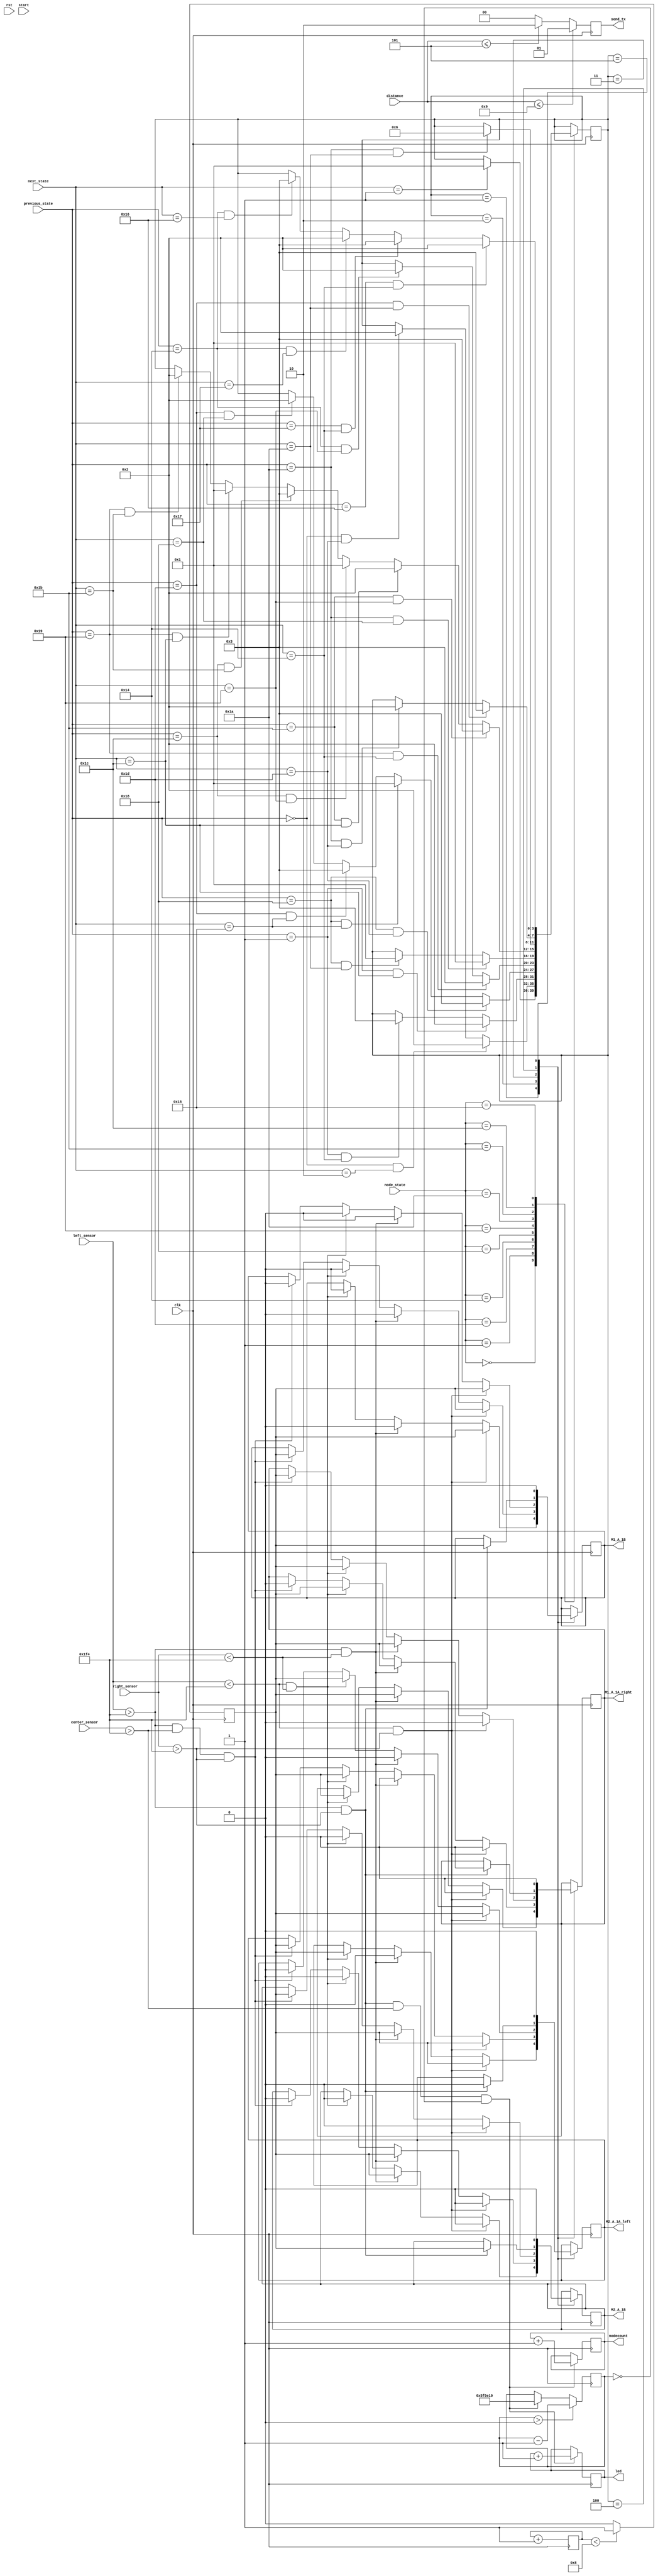
module run_execute(
	input clk,    
	input rst,
   input [11:0] left_sensor,
   input [11:0] center_sensor,
   input [11:0] right_sensor,
	input [9:0]distance,
	input start,
	output reg led,
	output reg [1:0]send_tx,
   output reg M1_A_1A_right,   // Forward motion signal
   output reg M1_A_1B,   		  // Backward motion signal
	output reg M2_A_1A_left,    // Forward motion signal
   output reg M2_A_1B,   		  // Backward motion signal
	output reg [7:0] nodecount,
	input [4:0] previous_state,
	input [4:0] next_state,
	input wire [4:0]node_state
);
	reg pwm_signal;
	reg [3:0]counter;
//	reg [3:0]nodecount;
	wire [4:0]node;
	reg [32:0]timer;
	reg a;
	reg [1:0] state;
	reg [32:0] delay_counter;
	
	initial counter =0;
	initial state = 2'b00;
//	reg [4:0]node_state;
	reg [3:0]turn_dec;
	parameter move_st = 1;
	parameter turn_right = 2;
	parameter turn_left = 3;
	parameter move_back = 4;
	parameter delay = 5;
	parameter u_turn = 6;
	
	always@(posedge clk )
	begin
		pwm_signal <= (counter < 5'b1000) ? 1 : 0; 
		counter <= counter+1;
	end
	
	
always@(posedge clk)
begin
 case(turn_dec)
	move_st:
		begin
			if(left_sensor < 500 && right_sensor < 500)begin
				M1_A_1A_right <= pwm_signal;   
				M1_A_1B <= 0;   					 
				M2_A_1A_left <= pwm_signal;    
				M2_A_1B <= 0;  					 
			end
			
			if(left_sensor > 500 && right_sensor < 500)begin
					M1_A_1A_right <= pwm_signal;   
					M1_A_1B <= 0;   					 
					M2_A_1A_left <= 0;    
					M2_A_1B <= pwm_signal;  					 
			end
			
			if(left_sensor < 500 && right_sensor > 500)begin
				M1_A_1A_right <= 0;   
				M1_A_1B <= pwm_signal;   					 
				M2_A_1A_left <= pwm_signal;    
				M2_A_1B <= 0;  					 
			end
		end
		
	turn_right:
		begin
//			if(delay_counter <= 1_125_000) begin
//				M1_A_1A_right <= pwm_signal;   // Forward motion signal
//				M1_A_1B <= 0;   		 // Backward motion signal
//				M2_A_1A_left <=pwm_signal ;    // Forward motion signal
//				M2_A_1B <= 0;  		 // Backward motion signal
//  
//				a <= 1; 
//			end
//			else if(delay_counter == 1_125_000) begin
//				a <= 0;
//				delay_counter = 0;
//			end
//
//			delay_counter = delay_counter + 1;
//			if(a != 1) 
//			begin
			if(left_sensor > 500 && center_sensor>500 &&right_sensor > 500)begin
				M1_A_1A_right <= 0;   
				M1_A_1B <= pwm_signal;   					 
				M2_A_1A_left <= pwm_signal;    
				M2_A_1B <= 0;  					 
			end
			if(left_sensor < 500 && right_sensor < 500)begin
				M1_A_1A_right <= pwm_signal;   
				M1_A_1B <= 0;   					 
				M2_A_1A_left <= pwm_signal;    
				M2_A_1B <= 0;  					 
			end
			if(left_sensor > 500 && right_sensor < 500)begin
				M1_A_1A_right <= pwm_signal;   
				M1_A_1B <= 0;   					 
				M2_A_1A_left <= 0;    
				M2_A_1B <= pwm_signal;  					 
			end
	
			if(left_sensor < 500 && right_sensor > 500)begin
				M1_A_1A_right <= 0;   
				M1_A_1B <= pwm_signal;   					 
				M2_A_1A_left <= pwm_signal;    
				M2_A_1B <= 0;  					 
			end
		end
			//end
//		end
	
	turn_left:
//		begin
//			if(delay_counter <= 1_125_000) begin
//				M1_A_1A_right <= pwm_signal;   // Forward motion signal
//				M1_A_1B <= 0;   		 // Backward motion signal
//				M2_A_1A_left <=pwm_signal ;    // Forward motion signal
//				M2_A_1B <= 0;  		 // Backward motion signal
//  
//				a <= 1; 
//			end
//			else if(delay_counter == 1_125_000) begin
//				a <= 0;
//				delay_counter = 0;
//			end
//
//			delay_counter = delay_counter + 1;
//			if(a != 1) 
		begin
			if(left_sensor > 500 &&center_sensor>500 &&  right_sensor > 500)begin
				M1_A_1A_right <= pwm_signal;   
				M1_A_1B <= 0;   					 
				M2_A_1A_left <= 0;    
				M2_A_1B <= pwm_signal;  					 
			end
			if(left_sensor < 500 && right_sensor < 500)begin
				M1_A_1A_right <= pwm_signal;   
				M1_A_1B <= 0;   					
				M2_A_1A_left <= pwm_signal;   
				M2_A_1B <= 0;  					
			end
			if(left_sensor > 500 && right_sensor < 500)begin
				M1_A_1A_right <= pwm_signal;   
				M1_A_1B <= 0;   					 
				M2_A_1A_left <= 0;    
				M2_A_1B <= pwm_signal;  					 
			end
		
			if(left_sensor < 500 && right_sensor > 500)begin
				M1_A_1A_right <= 0;   
				M1_A_1B <= pwm_signal;   					 
				M2_A_1A_left <= pwm_signal;    
				M2_A_1B <= 0;  					 
			end
		end
//		end
	

	move_back:
		begin
			if(left_sensor > 500 && right_sensor > 500)begin
				M1_A_1A_right <= 0;  
				M1_A_1B <= pwm_signal;   					 
				M2_A_1A_left <= 0;    
				M2_A_1B <= pwm_signal;  					 
			end
		end
	
	delay:
		begin
			M1_A_1A_right <= 0;  
			M1_A_1B <= 0;   				
			M2_A_1A_left <= 0;    
			M2_A_1B <= 0;  				
		end
		
 endcase

end
	
//[0,1,29,20,24,25,26,27,26,28,29,20,21,22]
always@(posedge clk)
	begin
	if(start == 1)
		state = 0;
	/////////////////////////
	
	///////////////
	case(node_state)
		0:if(next_state == 1 )
			begin
				turn_dec = move_st;

			end
				
		1:begin
			if(previous_state == 0 && next_state == 29)
				turn_dec = turn_right;
			if(previous_state == 0 && next_state == 2)
				turn_dec = turn_right;
			end
			
		29:begin
			if(previous_state == 1 && next_state == 20)
				turn_dec = turn_left;
			if(previous_state == 1 && next_state == 28)
				turn_dec = turn_right;
		end
		
		20:begin
			if(previous_state == 29 && next_state == 24)
				turn_dec = turn_right;
			if(previous_state == 29 && next_state == 21)
				turn_dec = turn_left;
				
			if(previous_state == 24 && next_state == 21)
				turn_dec = move_st;
			if(previous_state == 24 && next_state == 29)
				turn_dec = turn_left;
		end
		
		
		24:begin
			if(previous_state == 20 && next_state == 25)
				turn_dec = turn_right;
			if(previous_state == 25 && next_state == 20)
				turn_dec = turn_left;
		end
		
		25:begin
			if(previous_state == 24 && next_state == 26)
				turn_dec = move_st;
			if(previous_state == 26 && next_state == 24)
				turn_dec = move_st;
		end
		
		26:begin
			if(previous_state == 25 && next_state == 27)
				turn_dec = turn_right;
			if(previous_state == 25 && next_state == 28)
				turn_dec = move_st;
				
			if(previous_state == 28 && next_state == 27)
				turn_dec = turn_left;
			if(previous_state == 28 && next_state == 25)
				turn_dec = move_st;
				
			if(previous_state == 27 && next_state == 28)
				turn_dec = turn_right;
			if(previous_state == 27 && next_state == 25)
				turn_dec = turn_left;
		end
		
		27:
			if(previous_state == 26 && next_state == 26)
				turn_dec = u_turn;
		
		28:begin
			if(previous_state == 26 && next_state == 29)
				turn_dec = turn_right;
				
			if(previous_state == 29 && next_state == 26)
				turn_dec = turn_left;
			end
		21:begin
			if(previous_state == 20 && next_state == 22)
				turn_dec = turn_left;
			if(previous_state == 20 && next_state == 23)
				turn_dec = turn_right;
			
			if(previous_state == 23 && next_state == 20)
				turn_dec = turn_left;
				
			if(previous_state == 22 && next_state == 20)
				turn_dec = turn_right;
		end
	endcase		
end
	

always@(posedge clk) begin
//	case(state)
//	0:begin
//		nodecount <= nodecount;
//	end
//	1:begin
		if(left_sensor > 500 && right_sensor > 500 && center_sensor > 500 && timer == 0)
		begin
			nodecount <= nodecount + 1;
			led = led + 1;
			timer <= 6_250_000;
		end
		if(timer > 0) 
			timer <= timer - 1;
//	end
//  endcase
end

assign node = nodecount;
	
initial send_tx = 0;
always@(posedge clk)
	begin
		if(distance <= 9)
				send_tx = 1;
		else if(distance <=5)
			send_tx = 2;
		else 
			send_tx = 0;
	end
	
endmodule